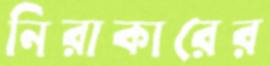
নিরাকারের